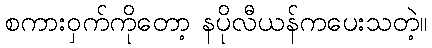
စကားဝှက်ကိုတော့ နပိုလီယန်ကပေးသတဲ့။